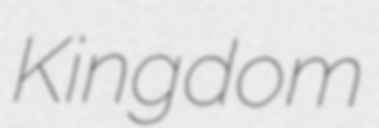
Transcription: Kingdom